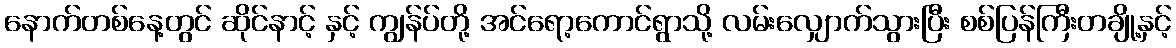
နောက်တစ်နေ့တွင် ဆိုင်နာင့် နှင့် ကျွန်ပ်တို့ အင်ရော့ကောင်ရွာသို့ လမ်းလျှောက်သွားပြီး စစ်ပြန်ကြီးတချို့နှင့်